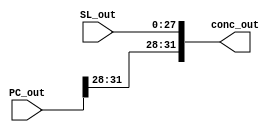
module concatena_28to32(
    input wire [31:0] PC_out,
    input wire [27:0] SL_out,
    output wire [31:0] conc_out
);

    assign conc_out = {PC_out[31:28], SL_out};
    
endmodule